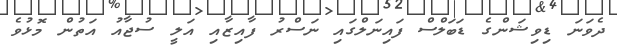
ދެވަނަ ޑިވިޝަންގެ ޑަބަލްސް ފައިނަލްގައި ނަސްރު ފާއިޒާއި އަލީ ސުޖާއު އަތުން މޮޅުވެ